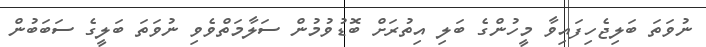
ނުވަތަ ބަލިޖެހިފައިވާ މީހުންގެ ބަލި އިތުރަށް ބޮޑުވުމުން ސަލާމަތްވެވި ނުވަތަ ބަލީގެ ސަބަބުން